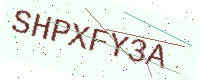
Text: SHPXFY3A